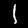
Label: 1